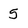
Character: 5